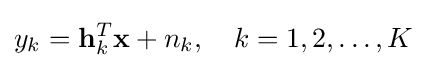
y_{k}=\mathbf {h} _{k}^{T}\mathbf {x} +n_{k},\quad k=1,2,\ldots ,K